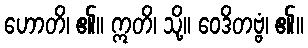
ဟောတိ၊ ၏။ ဣတိ၊ သို့။ ဝေဒိတဗ္ဗံ၊ ၏။